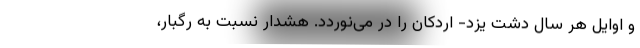
و اوایل هر سال دشت یزد- اردکان را در می‌نوردد. هشدار نسبت به رگبار،